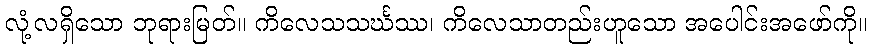
လုံ့လရှိသော ဘုရားမြတ်။ ကိလေသသင်္ဃဿ၊ ကိလေသာတည်းဟူသော အပေါင်းအဖော်ကို။